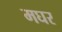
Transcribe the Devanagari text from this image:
मघर